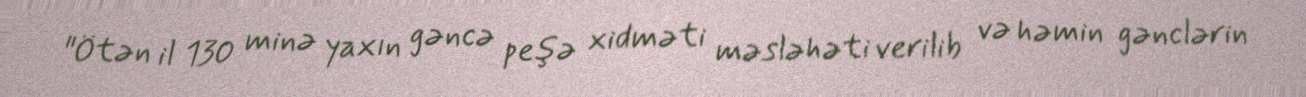
"Ötən il 130 minə yaxın gəncə peşə xidməti məsləhəti verilib və həmin gənclərin